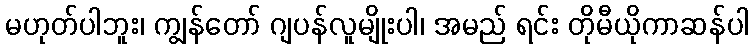
မဟုတ်ပါဘူး၊ ကျွန်တော် ဂျပန်လူမျိုးပါ၊ အမည် ရင်း တိုမီယိုကာဆန်ပါ